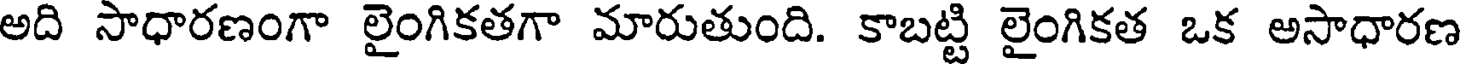
అది సాధారణంగా లైంగికతగా మారుతుంది. కాబట్టి లైంగికత ఒక అసాధారణ